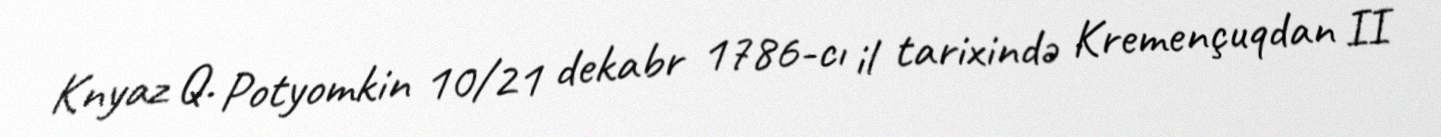
Knyaz Q. Potyomkin 10/21 dekabr 1786-cı il tarixində Kremençuqdan II